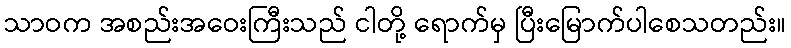
သာဝက အစည်းအဝေးကြီးသည် ငါတို့ ရောက်မှ ပြီးမြောက်ပါစေသတည်း။